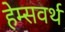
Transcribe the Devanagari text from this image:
हेम्सवर्थ